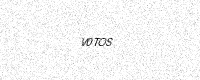
Text: V0TOS